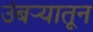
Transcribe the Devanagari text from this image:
उंबऱ्यातून